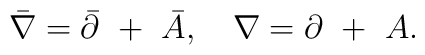
\bar\nabla=\bar\partial~+~\bar A,~~~\nabla=\partial~+~A.